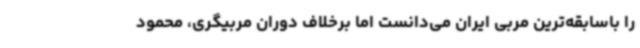
را باسابقه‌ترین مربی ایران می‌دانست اما برخلاف دوران مربیگری،‌ محمود